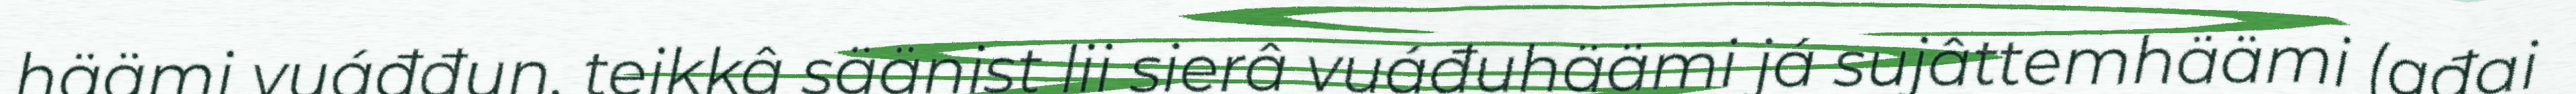
häämi vuáđđun, teikkâ säänist lii sierâ vuáđuhäämi já sujâttemhäämi (ađai